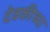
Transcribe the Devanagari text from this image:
देवकीच्या